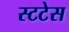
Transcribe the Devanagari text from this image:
स्टटेस